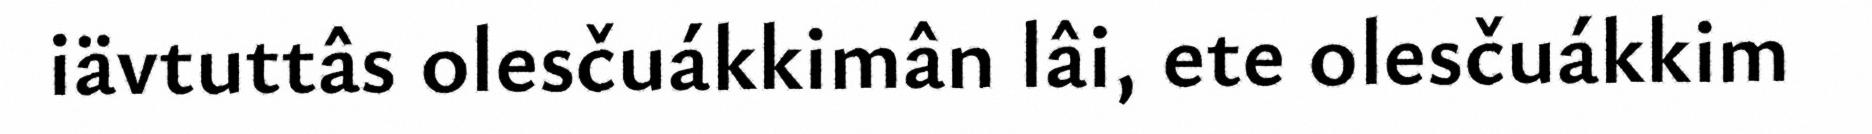
iävtuttâs olesčuákkimân lâi, ete olesčuákkim